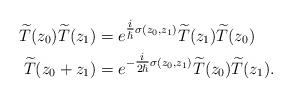
LaTeX: \begin{align*}\widetilde{T}(z_{0})\widetilde{T}(z_{1}) & =e^{\tfrac{i}{\hslash}\sigma(z_{0},z_{1})}\widetilde{T}(z_{1})\widetilde{T}(z_{0})\\\widetilde{T}(z_{0}+z_{1}) & =e^{-\tfrac{i}{2\hslash}\sigma(z_{0},z_{1})}\widetilde{T}(z_{0})\widetilde{T}(z_{1}).\end{align*}